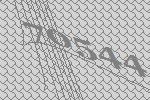
70544